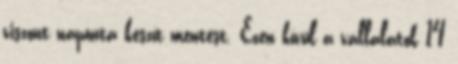
viszont naponta készít mentést. Ezen kívül a vállalatok 14